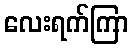
လေးရက်ကြာ